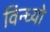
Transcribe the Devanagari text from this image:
विन्ध्यो